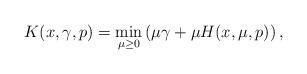
LaTeX: \begin{align*} K(x,\gamma, p)= \min_{\mu\ge 0} \left( \mu \gamma +\mu H(x, \mu, p) \right),\end{align*}